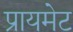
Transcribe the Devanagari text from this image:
प्रायमेट